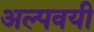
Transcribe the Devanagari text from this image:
अल्पवयी